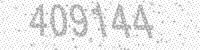
Solution: 409144